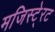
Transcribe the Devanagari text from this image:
मजिस्टे्रट